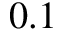
0 . 1